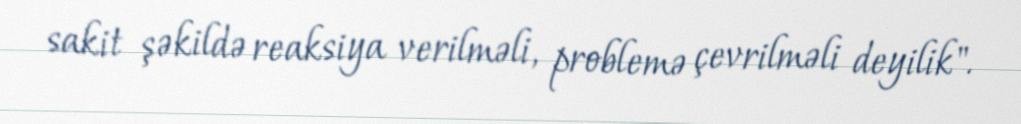
sakit şəkildə reaksiya verilməli, problemə çevrilməli deyilik".